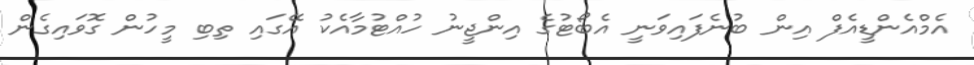
އެމްއެންޑީއެފް އިން ބުނެފައިވަނީ އެބޯޓުގެ އިންޖީނު ހުއްޓުމާއެކު އޭގައި ތިބި މީހުން ގޮވައިގެން